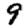
Digit: 9